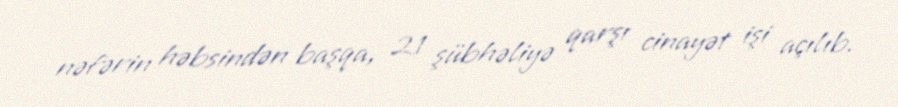
nəfərin həbsindən başqa, 21 şübhəliyə qarşı cinayət işi açılıb.